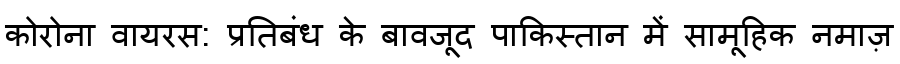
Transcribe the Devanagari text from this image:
कोरोना वायरस: प्रतिबंध के बावजूद पाकिस्तान में सामूहिक नमाज़